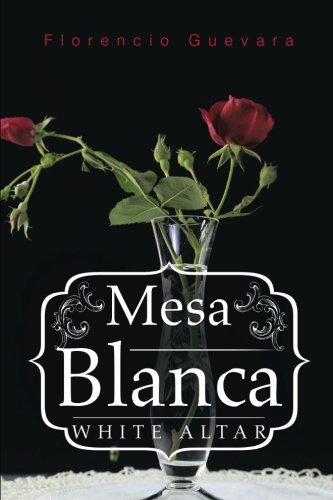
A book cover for Mesa Blanca: White Altar; Florencio Guevara; Religion & Spirituality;